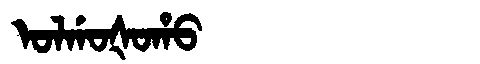
Manchu: ᠣᠯᡤᠣᡧᠣᡥᠣ
Romanization: OLGOŠOHO